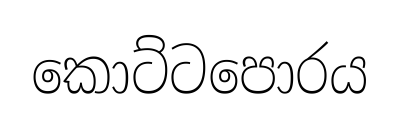
කොට්ටපොරය